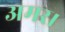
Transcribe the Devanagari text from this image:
अमर।